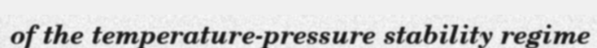
of the temperature-pressure stability regime